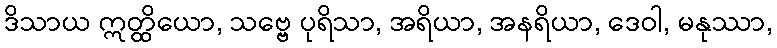
ဒိသာယ ဣတ္ထိယော, သဗ္ဗေ ပုရိသာ, အရိယာ, အနရိယာ, ဒေဝါ, မနုဿာ,